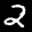
Label: 2